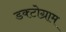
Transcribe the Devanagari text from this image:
डक्टोग्राम